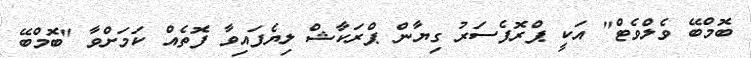
ބޮމްބޭ ވެލްވެޓް" އަކީ ޕްރޮފެސަރު ގިޔާން ޕްރަކާޝް ލިޔެފައިވާ ފޮތެއް ކަމަށްވާ "ބޮމްބޭ